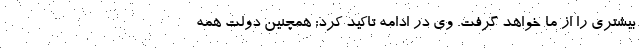
بیشتری را از ما خواهد گرفت. وی در ادامه تاکید کرد: همچنین دولت همه